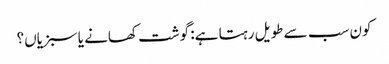
کون سب سے طویل رہتا ہے: گوشت کھانے یا سبزیاں؟